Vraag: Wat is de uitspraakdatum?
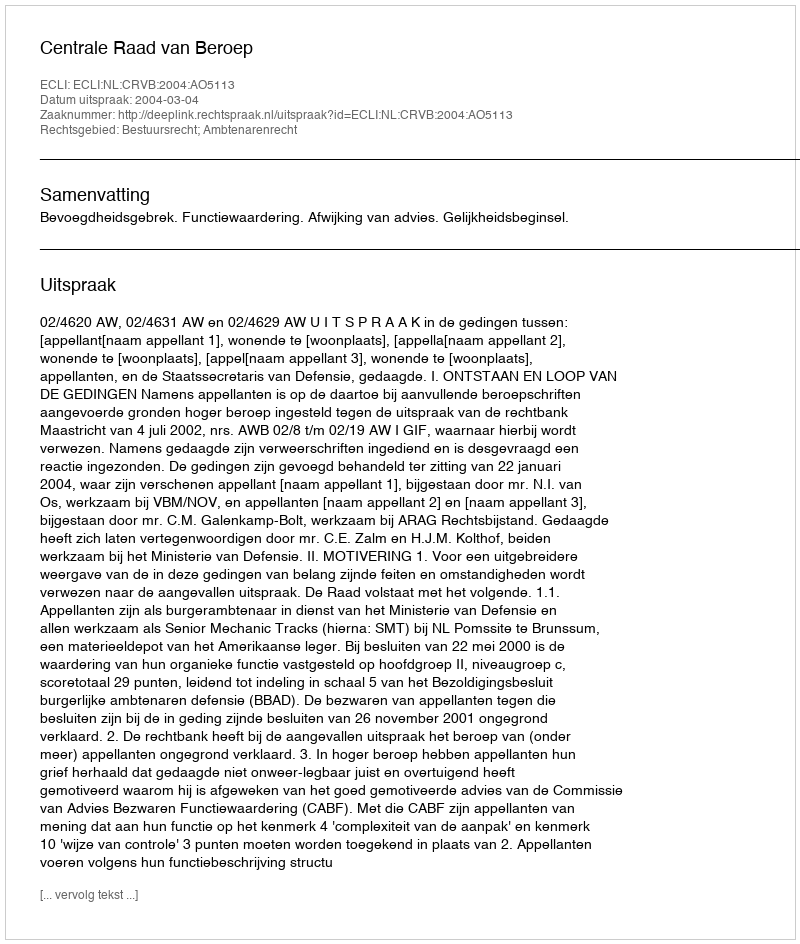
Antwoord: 2004-03-04